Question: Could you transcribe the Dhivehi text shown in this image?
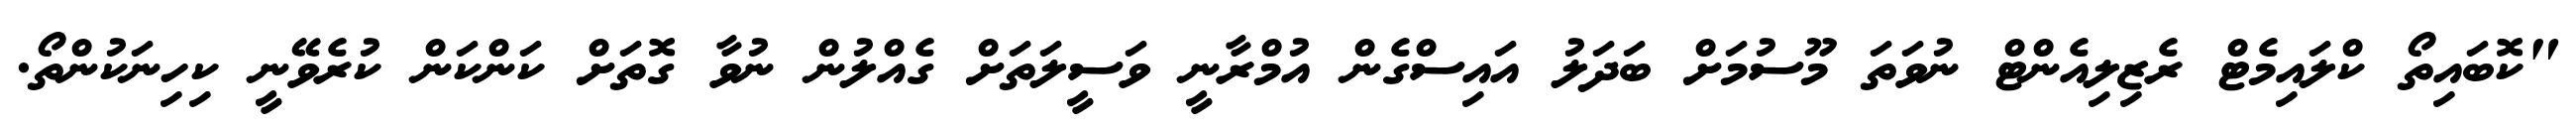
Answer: "ކޮބައިތޯ ކްލައިމެޓް ރެޒިލިއެންޓް ނުވަތަ މޫސުމަށް ބަދަލު އައިސްގެން އުމްރާނީ ވަސީލަތަށް ގެއްލުން ނުވާ ގޮތަށް ކަންކަން ކުރެވޭނީ ކިހިނަކުންތޯ.